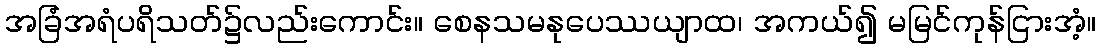
အခြံအရံပရိသတ်၌လည်းကောင်း။ စေနသမနုပေဿယျာထ၊ အကယ်၍ မမြင်ကုန်ငြားအံ့။